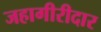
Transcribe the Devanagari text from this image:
जहागीरीदार